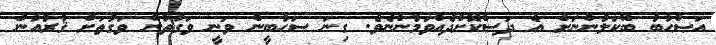
އަޞްޙާބު ބޭކަލުންނަށް އެ ދަސްކޮށްދެއްވަމުންނެވެ. ގިނަ ސަޙާބީން ވަނީ ވަގުތުން ވަގުތަށް ޤުރުއާން